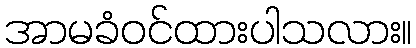
အာမခံဝင်ထားပါသလား။